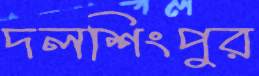
দলশিংপুর